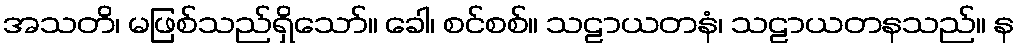
အသတိ၊ မဖြစ်သည်ရှိသော်။ ခေါ၊ စင်စစ်။ သဠာယတနံ၊ သဠာယတနသည်။ န